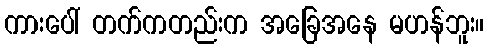
ကားပေါ် တက်ကတည်းက အခြေအနေ မဟန်ဘူး။